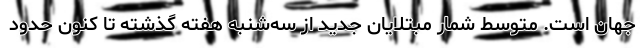
جهان است. متوسط شمار مبتلایان جدید از سه‌شنبه هفته گذشته تا کنون حدود